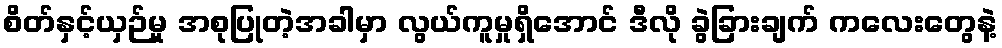
စိတ်နှင့်ယှဉ်မှု အစုပြုတဲ့အခါမှာ လွယ်ကူမှုရှိအောင် ဒီလို ခွဲခြားချက် ကလေးတွေနဲ့